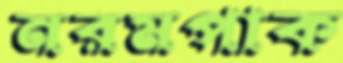
নরমপাক